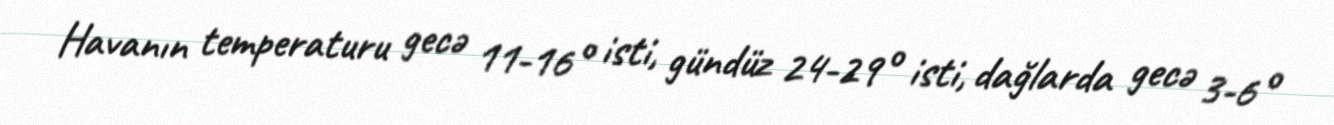
Havanın temperaturu gecə 11-16° isti, gündüz 24-29° isti, dağlarda gecə 3-6°